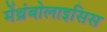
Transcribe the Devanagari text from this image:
मेंथ्रंबोलाइसिस